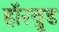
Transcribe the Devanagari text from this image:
हॉरवुड